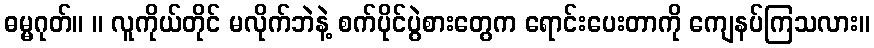
ဓမ္မဂုတ်။ ။ လူကိုယ်တိုင် မလိုက်ဘဲနဲ့ စက်ပိုင်ပွဲစားတွေက ရောင်းပေးတာကို ကျေနပ်ကြသလား။